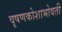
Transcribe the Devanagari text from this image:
वृषणकोशाभोवती